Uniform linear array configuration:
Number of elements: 12
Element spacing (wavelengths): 0.5
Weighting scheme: cosine
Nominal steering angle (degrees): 15
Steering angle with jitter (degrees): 15.334
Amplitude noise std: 0.05
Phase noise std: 0.05

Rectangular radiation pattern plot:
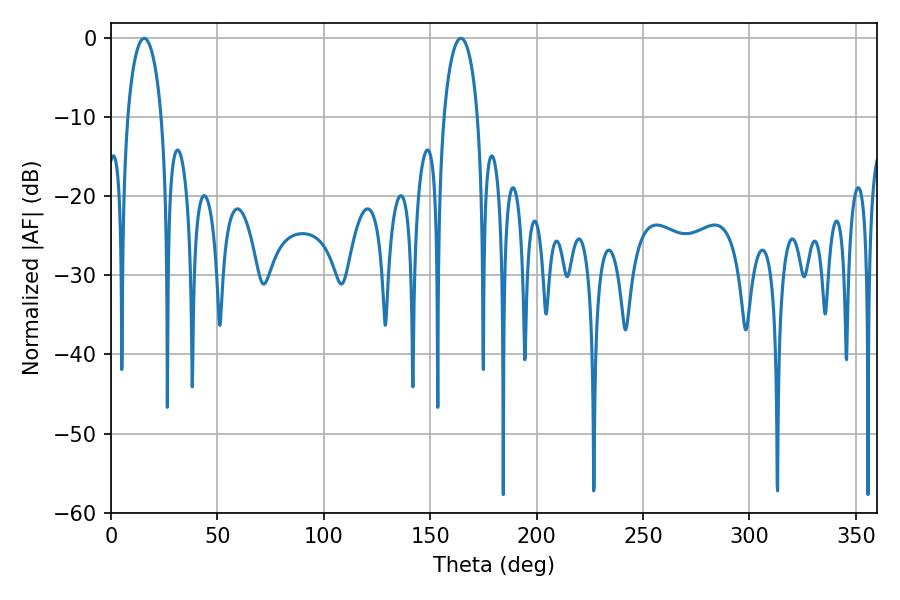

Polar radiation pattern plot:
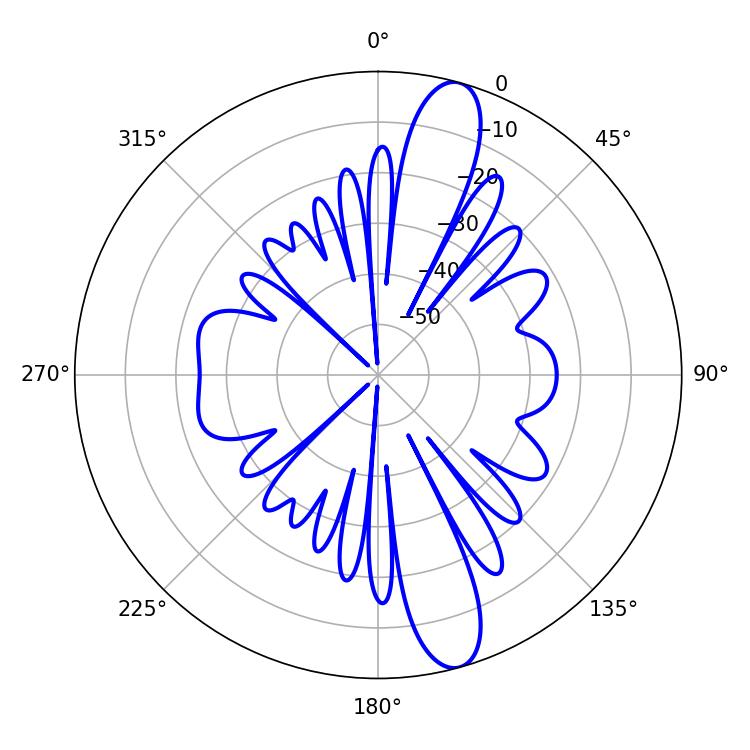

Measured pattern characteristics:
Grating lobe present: FALSE
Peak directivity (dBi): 13.281
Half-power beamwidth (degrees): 9.18
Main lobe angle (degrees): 15.66